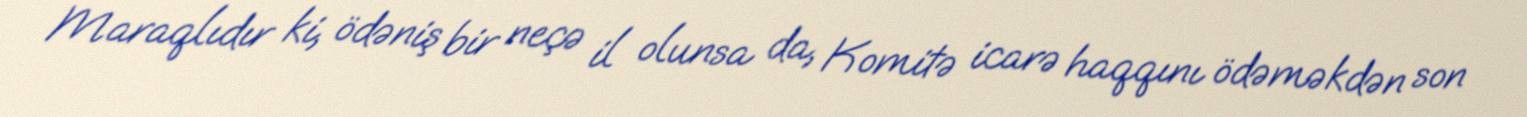
Maraqlıdır ki, ödəniş bir neçə il olunsa da, Komitə icarə haqqını ödəməkdən son